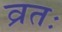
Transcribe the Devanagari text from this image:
व्रतः